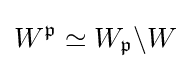
W^{\mathfrak {p}}\simeq W_{\mathfrak {p}}\backslash W